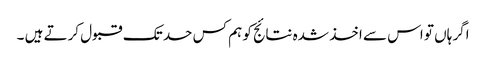
اگر ہاں تو اس سے اخذ شدہ نتائج کو ہم کس حد تک قبول کرتے ہیں ۔